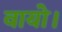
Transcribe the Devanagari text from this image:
वायो।